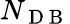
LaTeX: N_{\mathrm{~D~B~}}